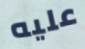
عليه